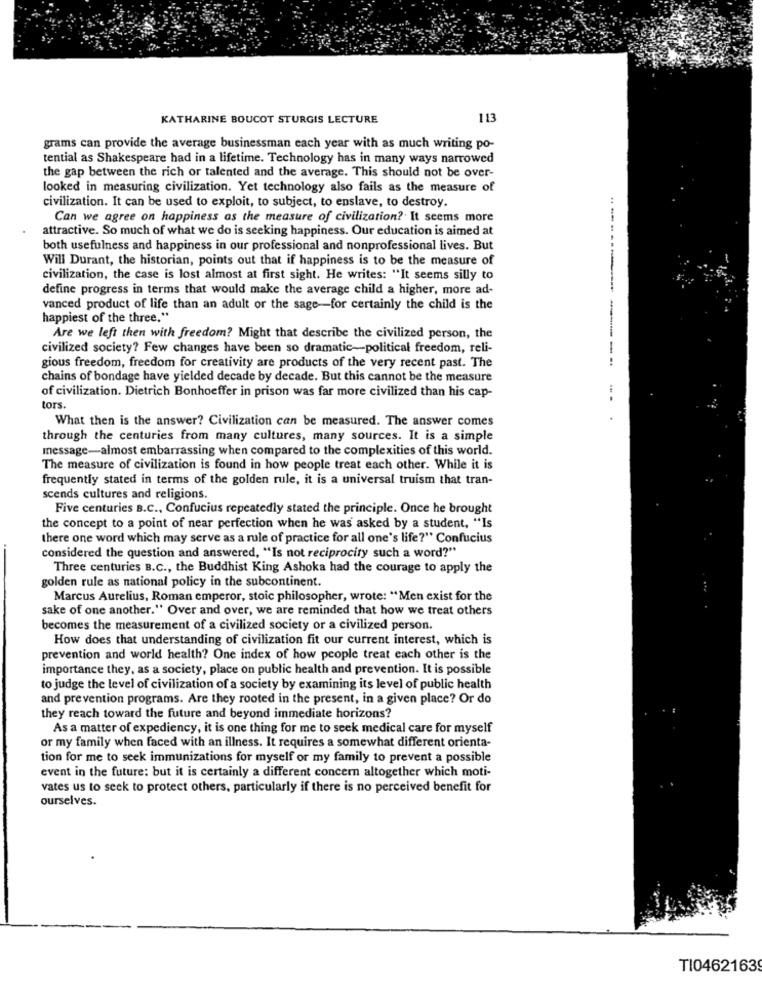
KATHARINE BOUCOT STURGIS LECTURE
113
grams can provide the average businessman each year with as much writing po-
tential as Shakespeare had in a lifetime. Technology has in many ways narrowed
the gap between the rich or talented and the average. This should not be over-
looked in measuring civilization. Yet technology also fails as the measure of
civilization. It can be used to exploit, to subject, to enslave, to destroy.
Can we agree on happiness as the measure of civilization ?. It seems more
attractive. So much of what we do is seeking happiness. Our education is aimed at
both usefulness and happiness in our professional and nonprofessional lives. But
Will Durant, the historian, points out that if happiness is to be the measure of
civilization, the case is lost almost at first sight. He writes: "It seems silly to
define progress in terms that would make the average child a higher, more ad-
vanced product of life than an adult or the sage-for certainly the child is the
happiest of the three."
Are we left then with freedom? Might that describe the civilized person, the
civilized society? Few changes have been so dramatic-political freedom, reli-
gious freedom, freedom for creativity are products of the very recent past. The
----
chains of bondage have yielded decade by decade. But this cannot be the measure
of civilization. Dietrich Bonhoeffer in prison was far more civilized than his cap-
tors.
What then is the answer? Civilization can be measured. The answer comes
through the centuries from many cultures, many sources. It is a simple
message-almost embarrassing when compared to the complexities of this world.
The measure of civilization is found in how people treat each other. While it is
frequently stated in terms of the golden rule, it is a universal truism that tran-
scends cultures and religions.
Five centuries B.c ., Confucius repeatedly stated the principle. Once he brought
the concept to a point of near perfection when he was asked by a student, "Is
there one word which may serve as a rule of practice for all one's life?" Confucius
considered the question and answered, "Is not reciprocity such a word?"
Three centuries B.C ., the Buddhist King Ashoka had the courage to apply the
golden rule as national policy in the subcontinent.
Marcus Aurelius, Roman emperor, stoic philosopher, wrote: "Men exist for the
sake of one another." Over and over, we are reminded that how we treat others
becomes the measurement of a civilized society or a civilized person.
How does that understanding of civilization fit our current interest, which is
prevention and world health? One index of how people treat each other is the
importance they, as a society, place on public health and prevention. It is possible
to judge the level of civilization of a society by examining its level of public health
and prevention programs. Are they rooted in the present, in a given place? Or do
they reach toward the future and beyond immediate horizons?
As a matter of expediency, it is one thing for me to seek medical care for myself
or my family when faced with an illness. It requires a somewhat different orienta-
tion for me to seek immunizations for myself or my family to prevent a possible
event in the future: but it is certainly a different concern altogether which moti-
vates us to seek to protect others, particularly if there is no perceived benefit for
ourselves.
TI04621639